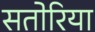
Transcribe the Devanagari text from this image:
सतोरिया